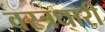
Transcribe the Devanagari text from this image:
वस्‍त्रधारी